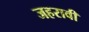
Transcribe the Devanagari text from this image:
जहरावी